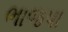
ભાજપા